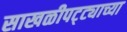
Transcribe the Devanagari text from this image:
साखळीपट्ट्याच्या